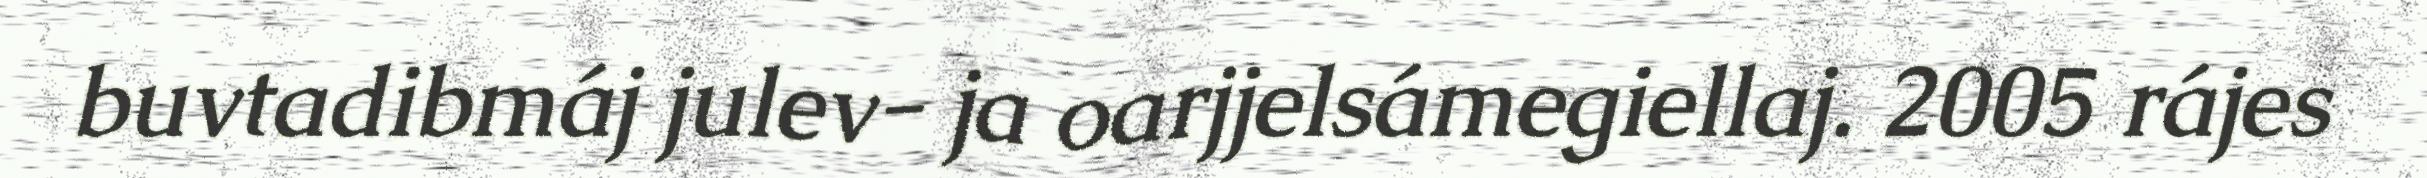
buvtadibmáj julev- ja oarjjelsámegiellaj. 2005 rájes